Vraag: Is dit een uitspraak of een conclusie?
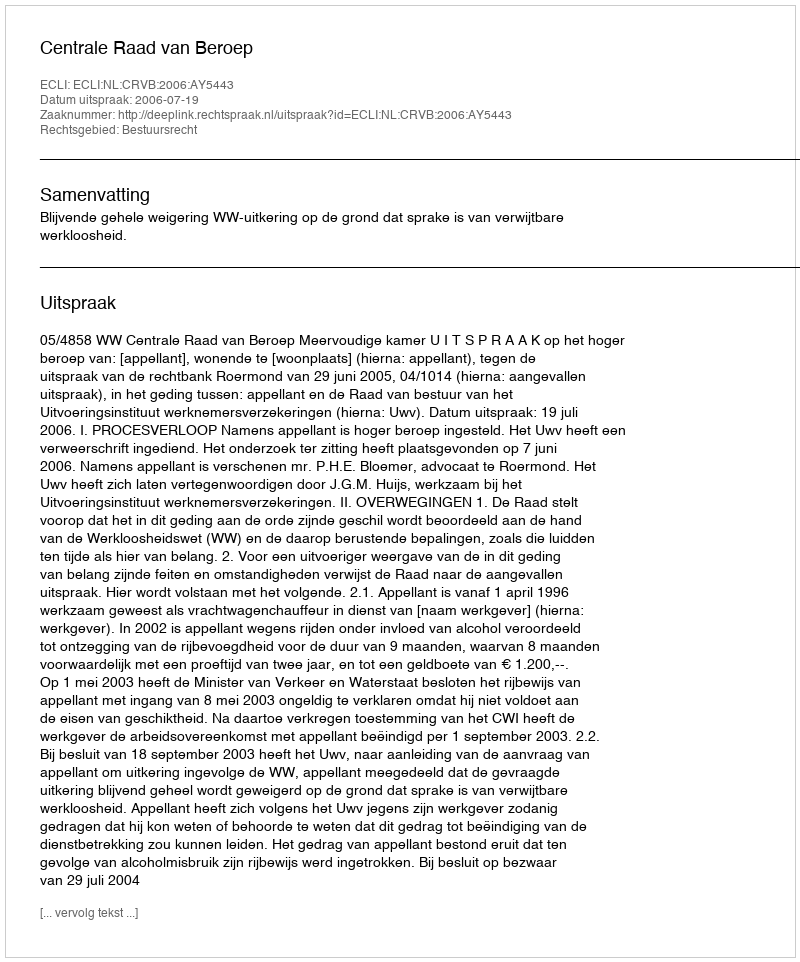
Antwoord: Uitspraak